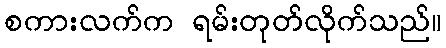
စကားလက်က ရမ်းတုတ်လိုက်သည်။